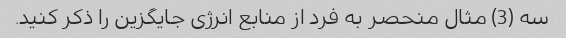
سه (3) مثال منحصر به فرد از منابع انرژی جایگزین را ذکر کنید.